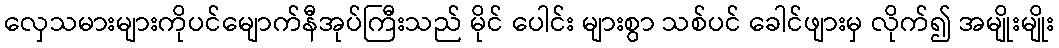
လှေသမားများကိုပင်မျောက်နီအုပ်ကြီးသည် မိုင် ပေါင်း များစွာ သစ်ပင် ခေါင်ဖျားမှ လိုက်၍ အမျိုးမျိုး